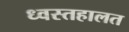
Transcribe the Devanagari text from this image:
ध्वस्तहालत